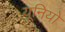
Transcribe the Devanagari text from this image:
यूनियो